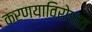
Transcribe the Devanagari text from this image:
करण्याविरोधात